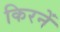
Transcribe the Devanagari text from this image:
किरनें